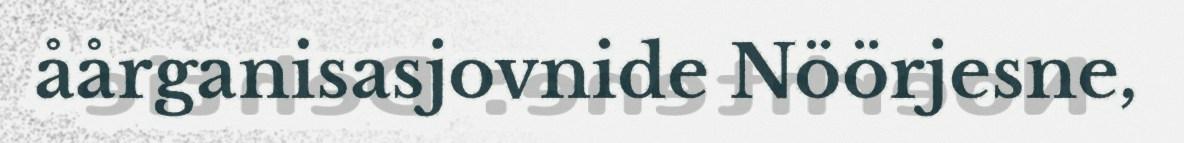
åårganisasjovnide Nöörjesne,